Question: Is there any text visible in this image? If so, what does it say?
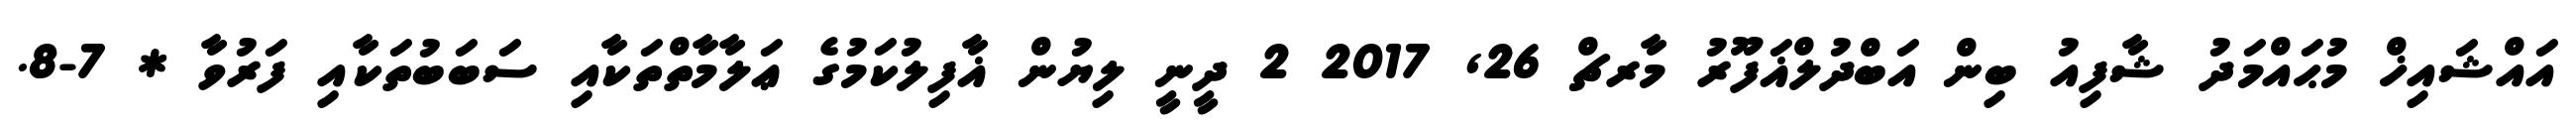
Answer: އައްޝައިޚް މުޙައްމަދު ޝާފިއު ބިން އަބްދުލްޣަފޫރު މާރޗް 26, 2017 2 ދީނީ ލިޔުން ޣާފިލުކަމުގެ ޢަލާމާތްތަކާއި ސަބަބުތަކާއި ފަރުވާ * 7-8.